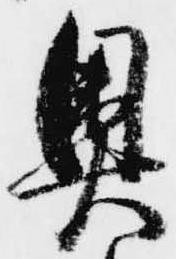
奥